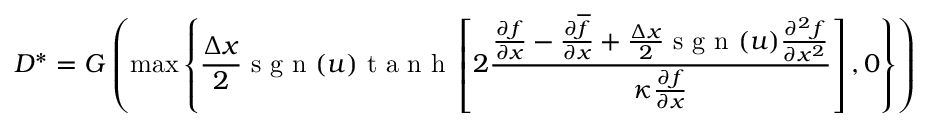
D ^ { \ast } = G \left( { \operatorname* { m a x } \left\{ \frac { \Delta x } { 2 } \mathrm { ~ s ~ g ~ n ~ } ( u ) \mathrm { ~ t ~ a ~ n ~ h ~ } \left[ 2 \frac { \frac { \partial f } { \partial x } - \frac { \partial \overline { { f } } } { \partial x } + \frac { \Delta x } { 2 } \mathrm { ~ s ~ g ~ n ~ } ( u ) \frac { \partial ^ { 2 } f } { \partial x ^ { 2 } } } { \kappa \frac { \partial { f } } { \partial x } } \right] , 0 \right\} } \right) ,